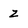
Character: Z